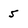
Character: 5